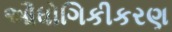
ઔધોગિકીકરણ